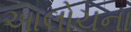
આલોચના